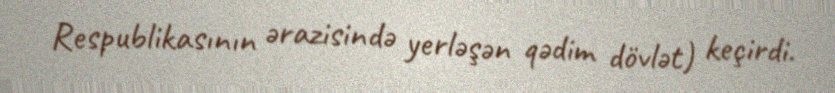
Respublikasının ərazisində yerləşən qədim dövlət) keçirdi.